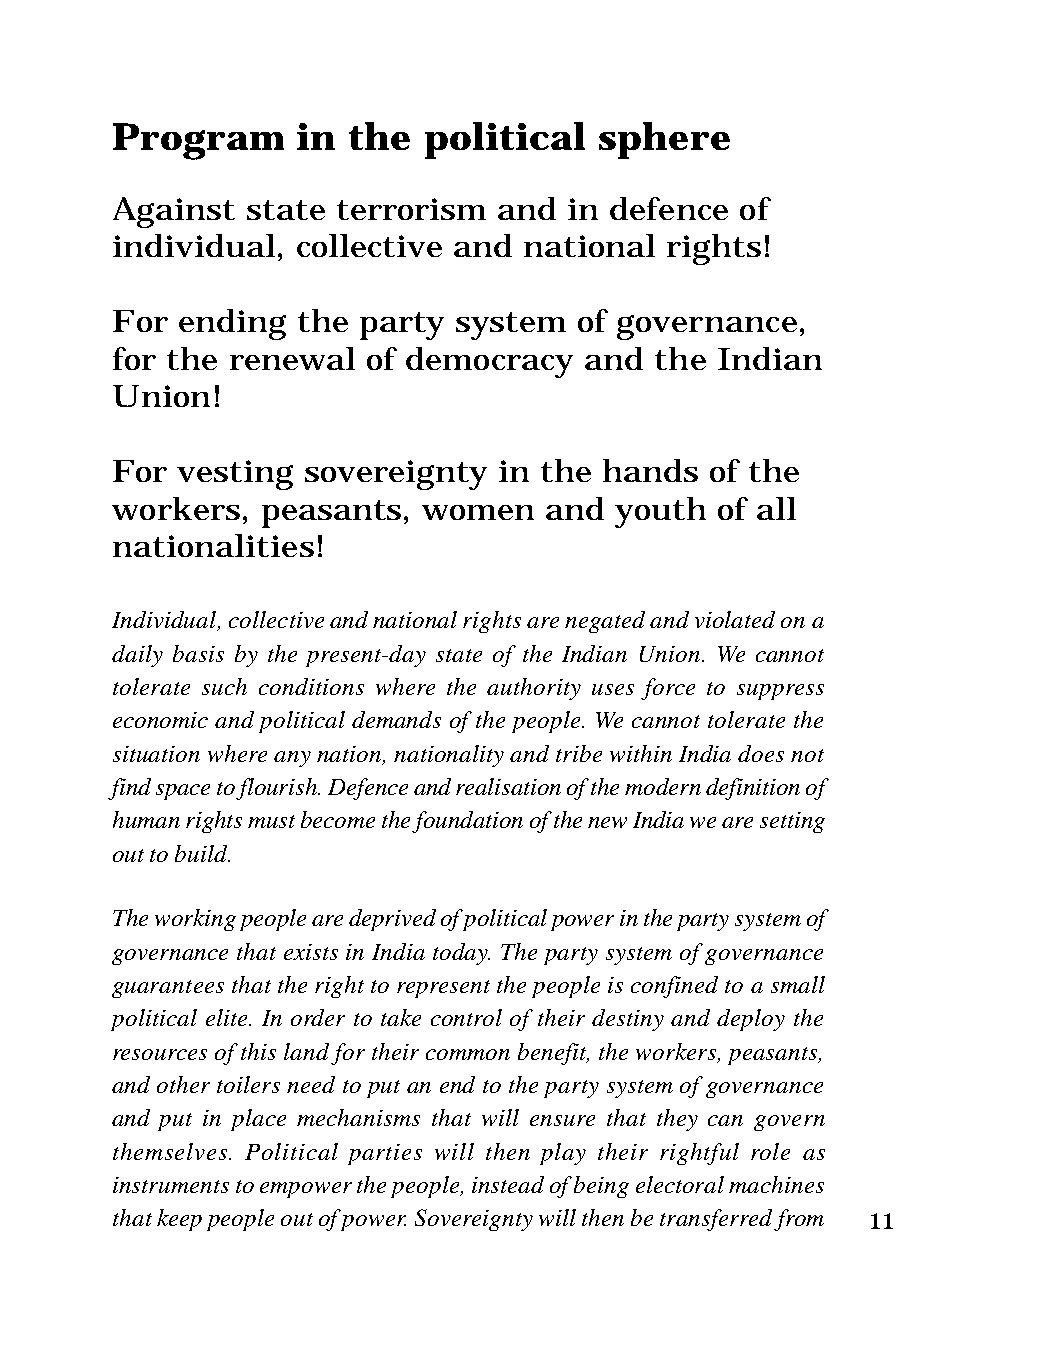
Program      in the  political   sphere
 Against  state terrorism  and  in defence of
 individual,  collective and national rights!
 For  ending  the party system  of governance,
 for the renewal  of democracy   and the Indian
 Union!
 For  vesting sovereignty  in the hands  of the
 workers,  peasants,  women   and  youth  of all
 nationalities!
 Individual, collective and national rights are negated and violated on a
 daily basis by the present-day state of the Indian Union. We cannot
 tolerate such conditions where the authority uses force to suppress
 economic and political demands of the people. We cannot tolerate the
 situation where any nation, nationality and tribe within India does not
 find space to flourish. Defence and realisation of the modern definition of
 human rights must become the foundation of the new India we are setting
 out to build.
 The working people are deprived of political power in the party system of
 governance that exists in India today. The party system of governance
 guarantees that the right to represent the people is confined to a small
 political elite. In order to take control of their destiny and deploy the
 resources of this land for their common benefit, the workers, peasants,
 and other toilers need to put an end to the party system of governance
 and put in place mechanisms that will ensure that they can govern
 themselves. Political parties will then play their rightful role as
 instruments to empower the people, instead of being electoral machines
 that keep people out of power. Sovereignty will then be transferred from 11